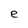
Character: e